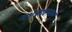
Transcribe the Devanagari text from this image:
नक्षत्रग्रहणाम